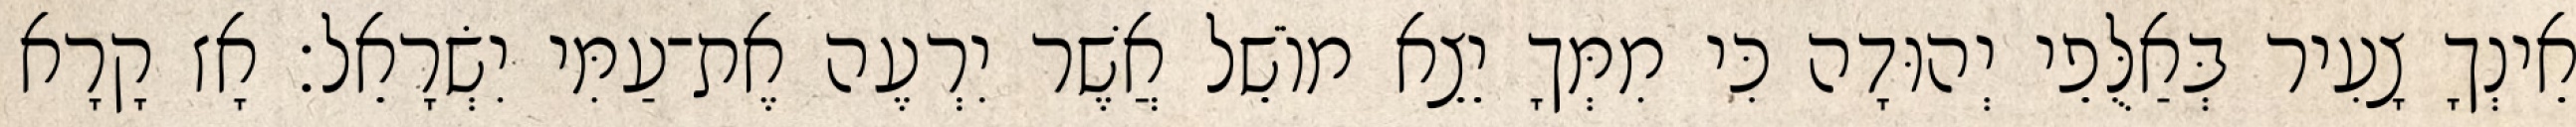
אֵינְךָ צָעִיר בְּאַלֻּפֵי יְהוּדָה כִּי מִמְּךָ יֵצֵא מוֹשֵׁל אֲשֶׁר יִרְעֶה אֶת־עַמִּי יִשְׂרָאֵל׃ אָז קָרָא